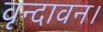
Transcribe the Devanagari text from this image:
वृन्दावन।